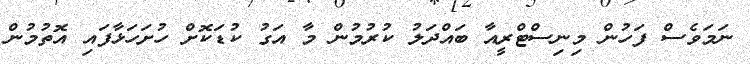
ނަމަވެސް ފަހުން މިނިސްޓްރީއާ ބައްދަލު ކުރުމުން މާ އަގު ކުޑަކޮށް ހުށަހަޅާފައި އޮތުމުން